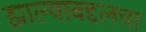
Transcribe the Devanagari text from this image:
झाल्याबद्दलचा